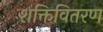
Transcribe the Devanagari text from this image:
शक्तिवितरण